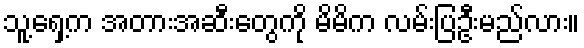
သူ့ရှေ့က အတားအဆီးတွေကို မိမိက လမ်းပြဦးမည်လား။